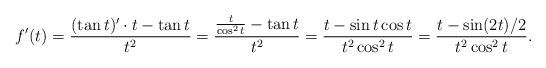
LaTeX: \begin{align*}f^\prime(t) = \frac{(\tan t)^\prime \cdot t - \tan t}{t^2} = \frac{\frac{t}{\cos^2 t} - \tan t}{t^2} = \frac{t - \sin t \cos t}{t^2 \cos^2 t} = \frac{t - \sin (2t)/2}{t^2 \cos^2 t}.\end{align*}